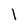
Character: l